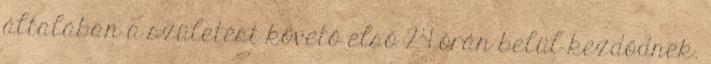
általában a születést követő első 24 órán belül kezdődnek.